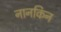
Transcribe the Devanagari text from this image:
नानकिन